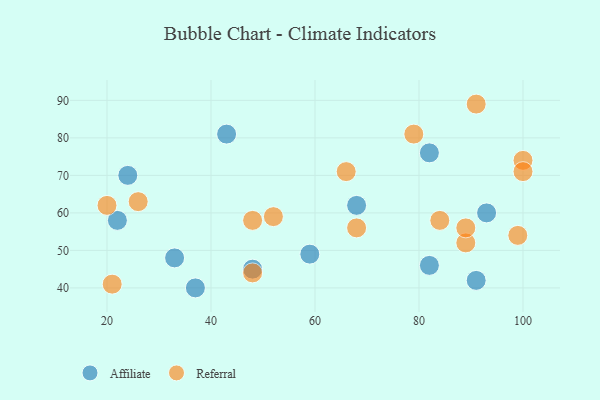
{"axis": {"x": "GDP", "y": "Life Expectancy"}, "legend": ["Affiliate", "Referral"], "data": [{"x": "43", "y": 81, "type": "Affiliate"}, {"x": "91", "y": 42, "type": "Affiliate"}, {"x": "48", "y": 45, "type": "Affiliate"}, {"x": "59", "y": 49, "type": "Affiliate"}, {"x": "33", "y": 48, "type": "Affiliate"}, {"x": "93", "y": 60, "type": "Affiliate"}, {"x": "24", "y": 70, "type": "Affiliate"}, {"x": "37", "y": 40, "type": "Affiliate"}, {"x": "22", "y": 58, "type": "Affiliate"}, {"x": "82", "y": 76, "type": "Affiliate"}, {"x": "68", "y": 62, "type": "Affiliate"}, {"x": "82", "y": 46, "type": "Affiliate"}, {"x": "66", "y": 71, "type": "Referral"}, {"x": "100", "y": 74, "type": "Referral"}, {"x": "91", "y": 89, "type": "Referral"}, {"x": "21", "y": 41, "type": "Referral"}, {"x": "48", "y": 58, "type": "Referral"}, {"x": "68", "y": 56, "type": "Referral"}, {"x": "79", "y": 81, "type": "Referral"}, {"x": "89", "y": 52, "type": "Referral"}, {"x": "48", "y": 44, "type": "Referral"}, {"x": "89", "y": 56, "type": "Referral"}, {"x": "26", "y": 63, "type": "Referral"}, {"x": "52", "y": 59, "type": "Referral"}, {"x": "99", "y": 54, "type": "Referral"}, {"x": "84", "y": 58, "type": "Referral"}, {"x": "100", "y": 71, "type": "Referral"}, {"x": "20", "y": 62, "type": "Referral"}]}